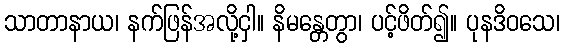
သာတာနာယ၊ နက်ဖြန်အလို့ငှါ။ နိမန္တေတွာ၊ ပင့်ဖိတ်၍။ ပုနဒိဝသေ၊